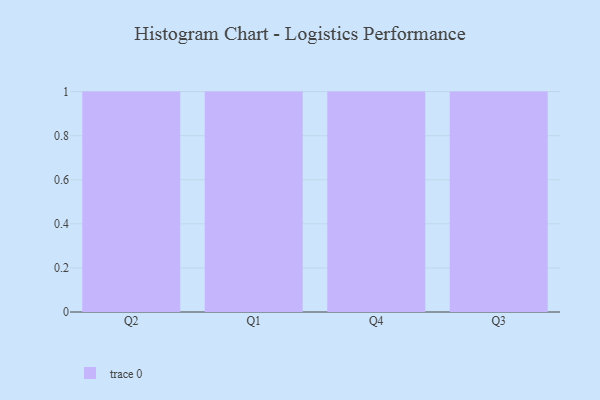
{"axis": {"x": "Quarter", "y": "Backlog"}, "legend": [""], "data": [{"x": "Q2", "y": 96, "type": ""}, {"x": "Q1", "y": 79, "type": ""}, {"x": "Q4", "y": 11, "type": ""}, {"x": "Q3", "y": 59, "type": ""}]}